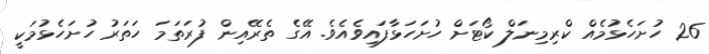
26 ހުށަހެޅުމެއް ކްރިމިނަލް ކޯޓަށް ހުށަހަޅާފައިވެއެވެ. އޭގެ ތެރޭއިން ފުރަތަމަ ހަތަރު ހުށަހެޅުމަކީ